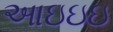
આઇઇઇ